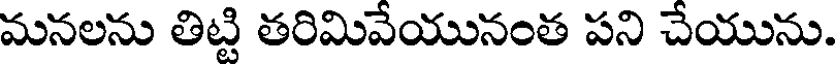
మనలను తిట్టి తరిమివేయునంత పని చేయును.